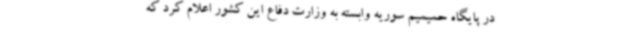
در پایگاه حمیمیم سوریه وابسته به وزارت دفاع این کشور اعلام کرد که